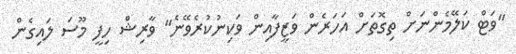
"ވަޓް ކަލޭމެންނަށް ތިގޮތަށް އަހަރެން ވަޒީފާއިން ވަކިނުކުރެވޭނެ" ވާރިޝް ހިފީ މޫސަ ލައިގެން